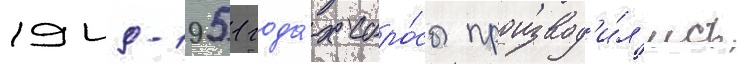
1949-1951 года́х сбро́сы производ'и́л'ись